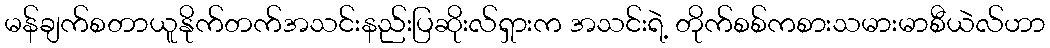
မန်ချက်စတာယူနိုက်တက်အသင်းနည်းပြဆိုးလ်ရှားက အသင်းရဲ့ တိုက်စစ်ကစားသမားမာစီယဲလ်ဟာ